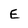
Character: E